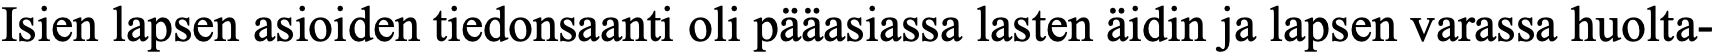
Isien lapsen asioiden tiedonsaanti oli pääasiassa lasten äidin ja lapsen varassa huolta-